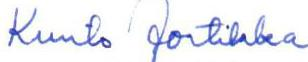
Kunto Jortikka